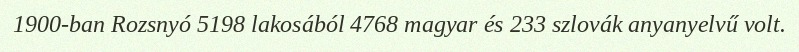
1900-ban Rozsnyó 5198 lakosából 4768 magyar és 233 szlovák anyanyelvű volt.